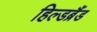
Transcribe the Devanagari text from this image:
हिल्डब्रैंड